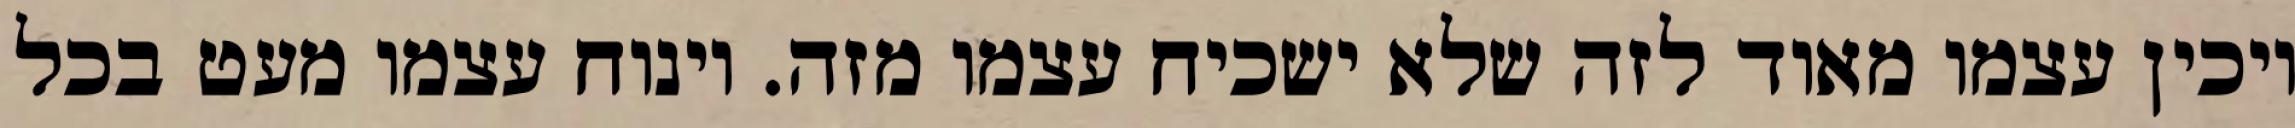
ויכין עצמו מאוד לזה שלא ישכיח עצמו מזה. וינוח עצמו מעט בכל